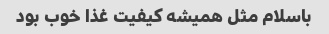
باسلام مثل همیشه کیفیت غذا خوب بود